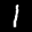
Label: 1